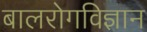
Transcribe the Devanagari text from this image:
बालरोगविज्ञान